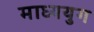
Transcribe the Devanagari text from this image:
माध्ययुग